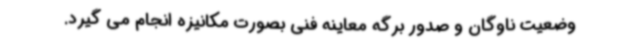
وضعیت ناوگان و صدور برگه معاینه فنی بصورت مکانیزه انجام می گیرد.